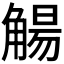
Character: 𫌰